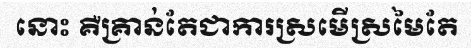
នោះ គឺគ្រាន់តែជាការស្រមើស្រមៃតែ